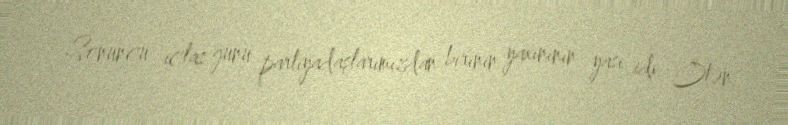
- Sonuncu iclas günü partiyadaşlarımızdan birinin yaxınının yası idi. Ötən